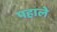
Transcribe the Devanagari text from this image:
पहाले